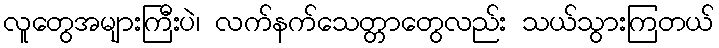
လူတွေအများကြီးပဲ၊ လက်နက်သေတ္တာတွေလည်း သယ်သွားကြတယ်